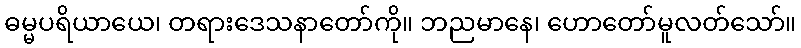
ဓမ္မပရိယာယေ၊ တရားဒေသနာတော်ကို။ ဘညမာနေ၊ ဟောတော်မူလတ်သော်။